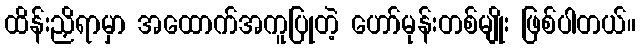
ထိန်းညှိရာမှာ အထောက်အကူပြုတဲ့ ဟော်မုန်းတစ်မျိုး ဖြစ်ပါတယ်။